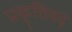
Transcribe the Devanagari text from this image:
प्रकृतिवद्